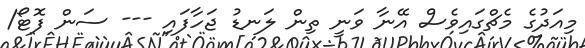
މިއަދުގެ މެޗްގައިވެސް އޭނާ ވަނީ ތިން ލަނޑު ޖަހާފައި --- ސަން ފޮޓޯ/